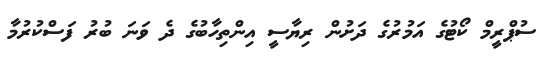
ސުޕްރީމް ކޯޓުގެ އަމުރުގެ ދަށުން ރިޔާސީ އިންތިހާބުގެ ދެ ވަނަ ބުރު ފަސްކުރުމާ